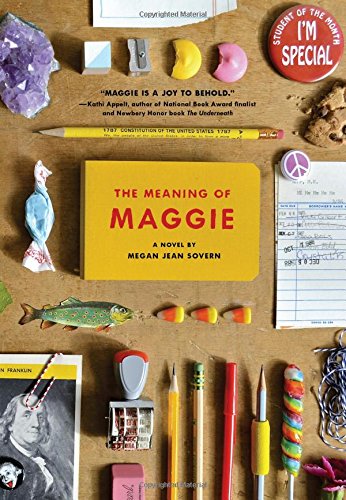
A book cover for The Meaning of Maggie; Megan Jean Sovern; Health, Fitness & Dieting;